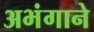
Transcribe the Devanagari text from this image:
अभंगाने